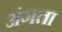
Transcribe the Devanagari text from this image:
अंगता